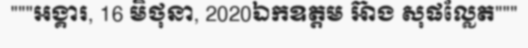
"""អង្គារ, 16 មិថុនា, 2020ឯកឧត្តម អ៊ាង សុផល្លែត"""